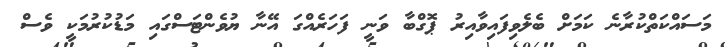
މަސައްކަތްކުރާނެ ކަމަށް ބެލެވިފައިވާއިރު ޕޮގްބާ ވަނީ ފަހަރެއްގަ އޭނާ ޔުވެންޓަސްގައި މަޑުކުރުމަކީ ވެސް